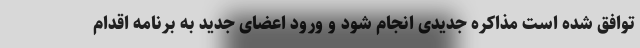
توافق شده است مذاکره جدیدی انجام شود و ورود اعضای جدید به برنامه اقدام